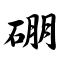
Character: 硼